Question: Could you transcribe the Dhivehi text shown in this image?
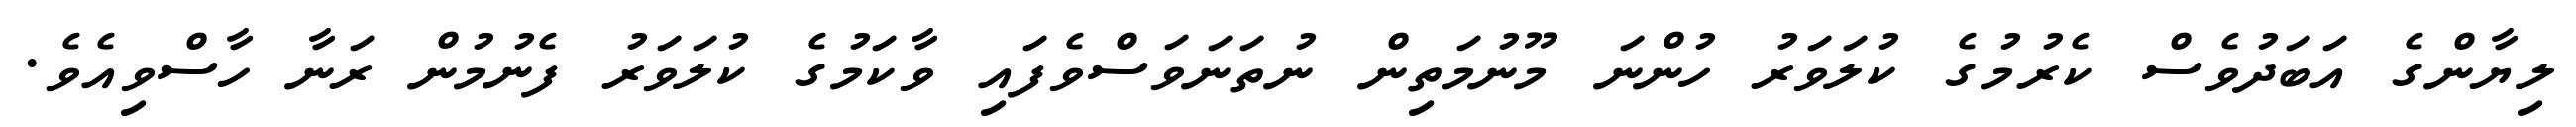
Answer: ލިޔާންގެ އަބަދުވެސް ކެރުމުގެ ކުލަވަރު ހުންނަ މޫނުމަތިން ނުތަނަވަސްވެފައި ވާކަމުގެ ކުލަވަރު ފެނުމުން ރަނާ ހާސްވިއެވެ.